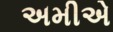
અમીએ